Report on sanitation, dispensaries, and jails in Rajputana for 1911, and on vaccination for the year 1911-1912 - 1911-1912
Year: 1911
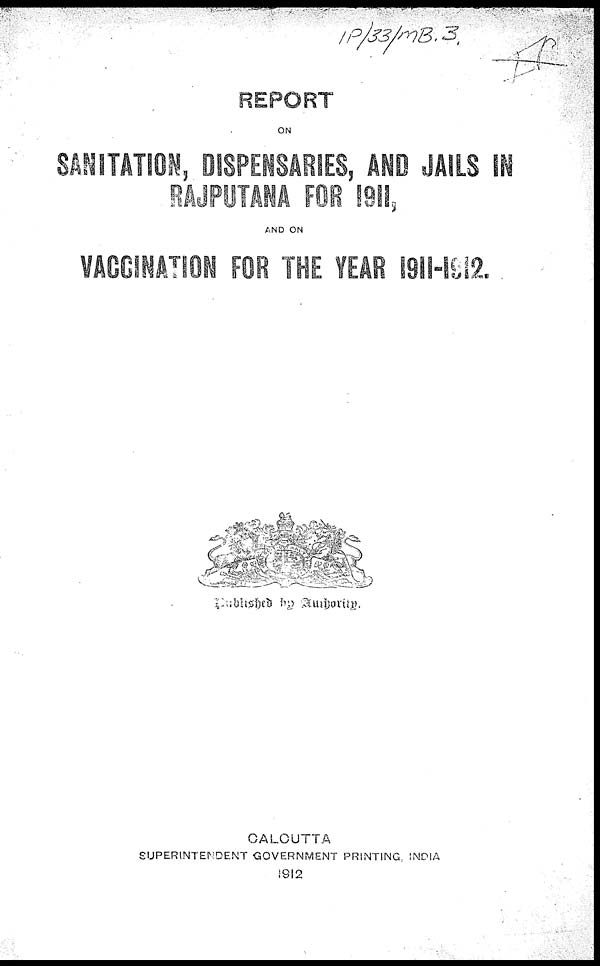
REPORT
ON
SANITATION, DISPENSARIES, AND JAILS IN
RAJPUTANA FOR 1911,
AND ON
VACCINATION FOR THE YEAR 1911-1912.
Published by Authority.
CALCUTTA
SUPERINTENDENT GOVERNMENT PRINTING, INDIA
1912